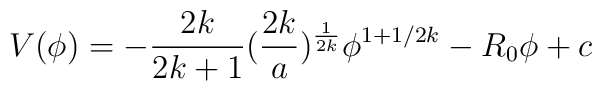
V(\phi)= -{2k \over 2k+1} ({2k \over a})^{1\over 2k} \phi^{1+ 1/2k} -R_{0} \phi+c